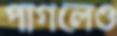
পাগলেও